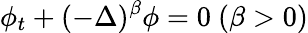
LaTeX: \phi_{t}+(-\Delta)^{\beta}\phi=0\ (\beta>0)